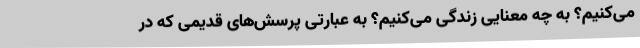
می‌کنیم؟ به چه معنایی زندگی می‌کنیم؟ به عبارتی پرسش‌های قدیمی که در